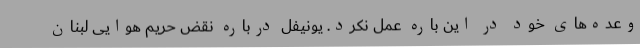
وعده‌های خود در این باره عمل نکرد. یونیفل درباره نقض حریم هوایی لبنان